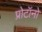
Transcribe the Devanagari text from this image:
प्रोटॉनो